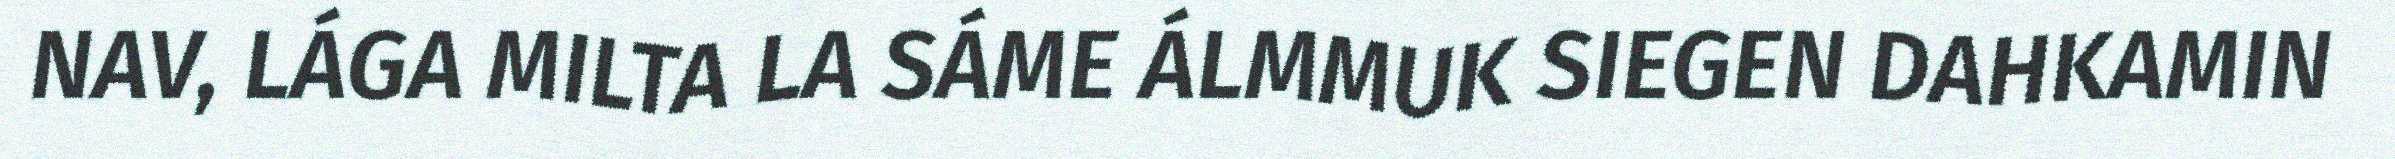
NAV, LÁGA MILTA LA SÁME ÁLMMUK SIEGEN DAHKAMIN